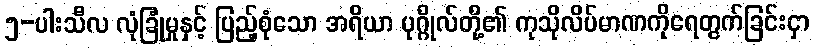
၅-ပါးသီလ လုံခြုံမှုနှင့် ပြည့်စုံသော အရိယာ ပုဂ္ဂိုလ်တို့၏ ကုသိုလိပ်မာဏကိုရေတွက်ခြင်းငှာ